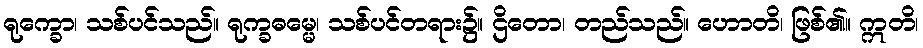
ရုက္ခော၊ သစ်ပင်သည်။ ရုက္ခဓမ္မေ၊ သစ်ပင်တရား၌။ ဌိတော၊ တည်သည်။ ဟောတိ၊ ဖြစ်၏။ ဣတိ၊